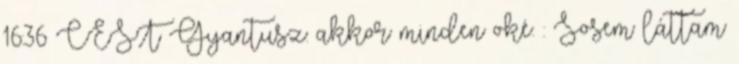
16:36 CEST Gyantusz: akkor minden oké. : Sosem láttam